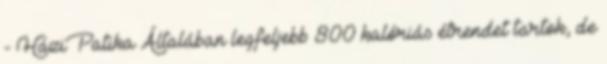
- HáziPatika Általában legfeljebb 800 kalóriás étrendet tartok, de